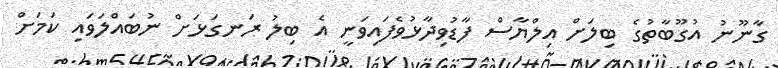
ގާނޫނު އުގޫބާތުގެ ބިލަށް އިލްޔާސް ފާޑުވިދާޅުވެފައިވަނީ އެ ބިލު ރަނގަޅަށް ނުބައްލަވައި ކަމަށް